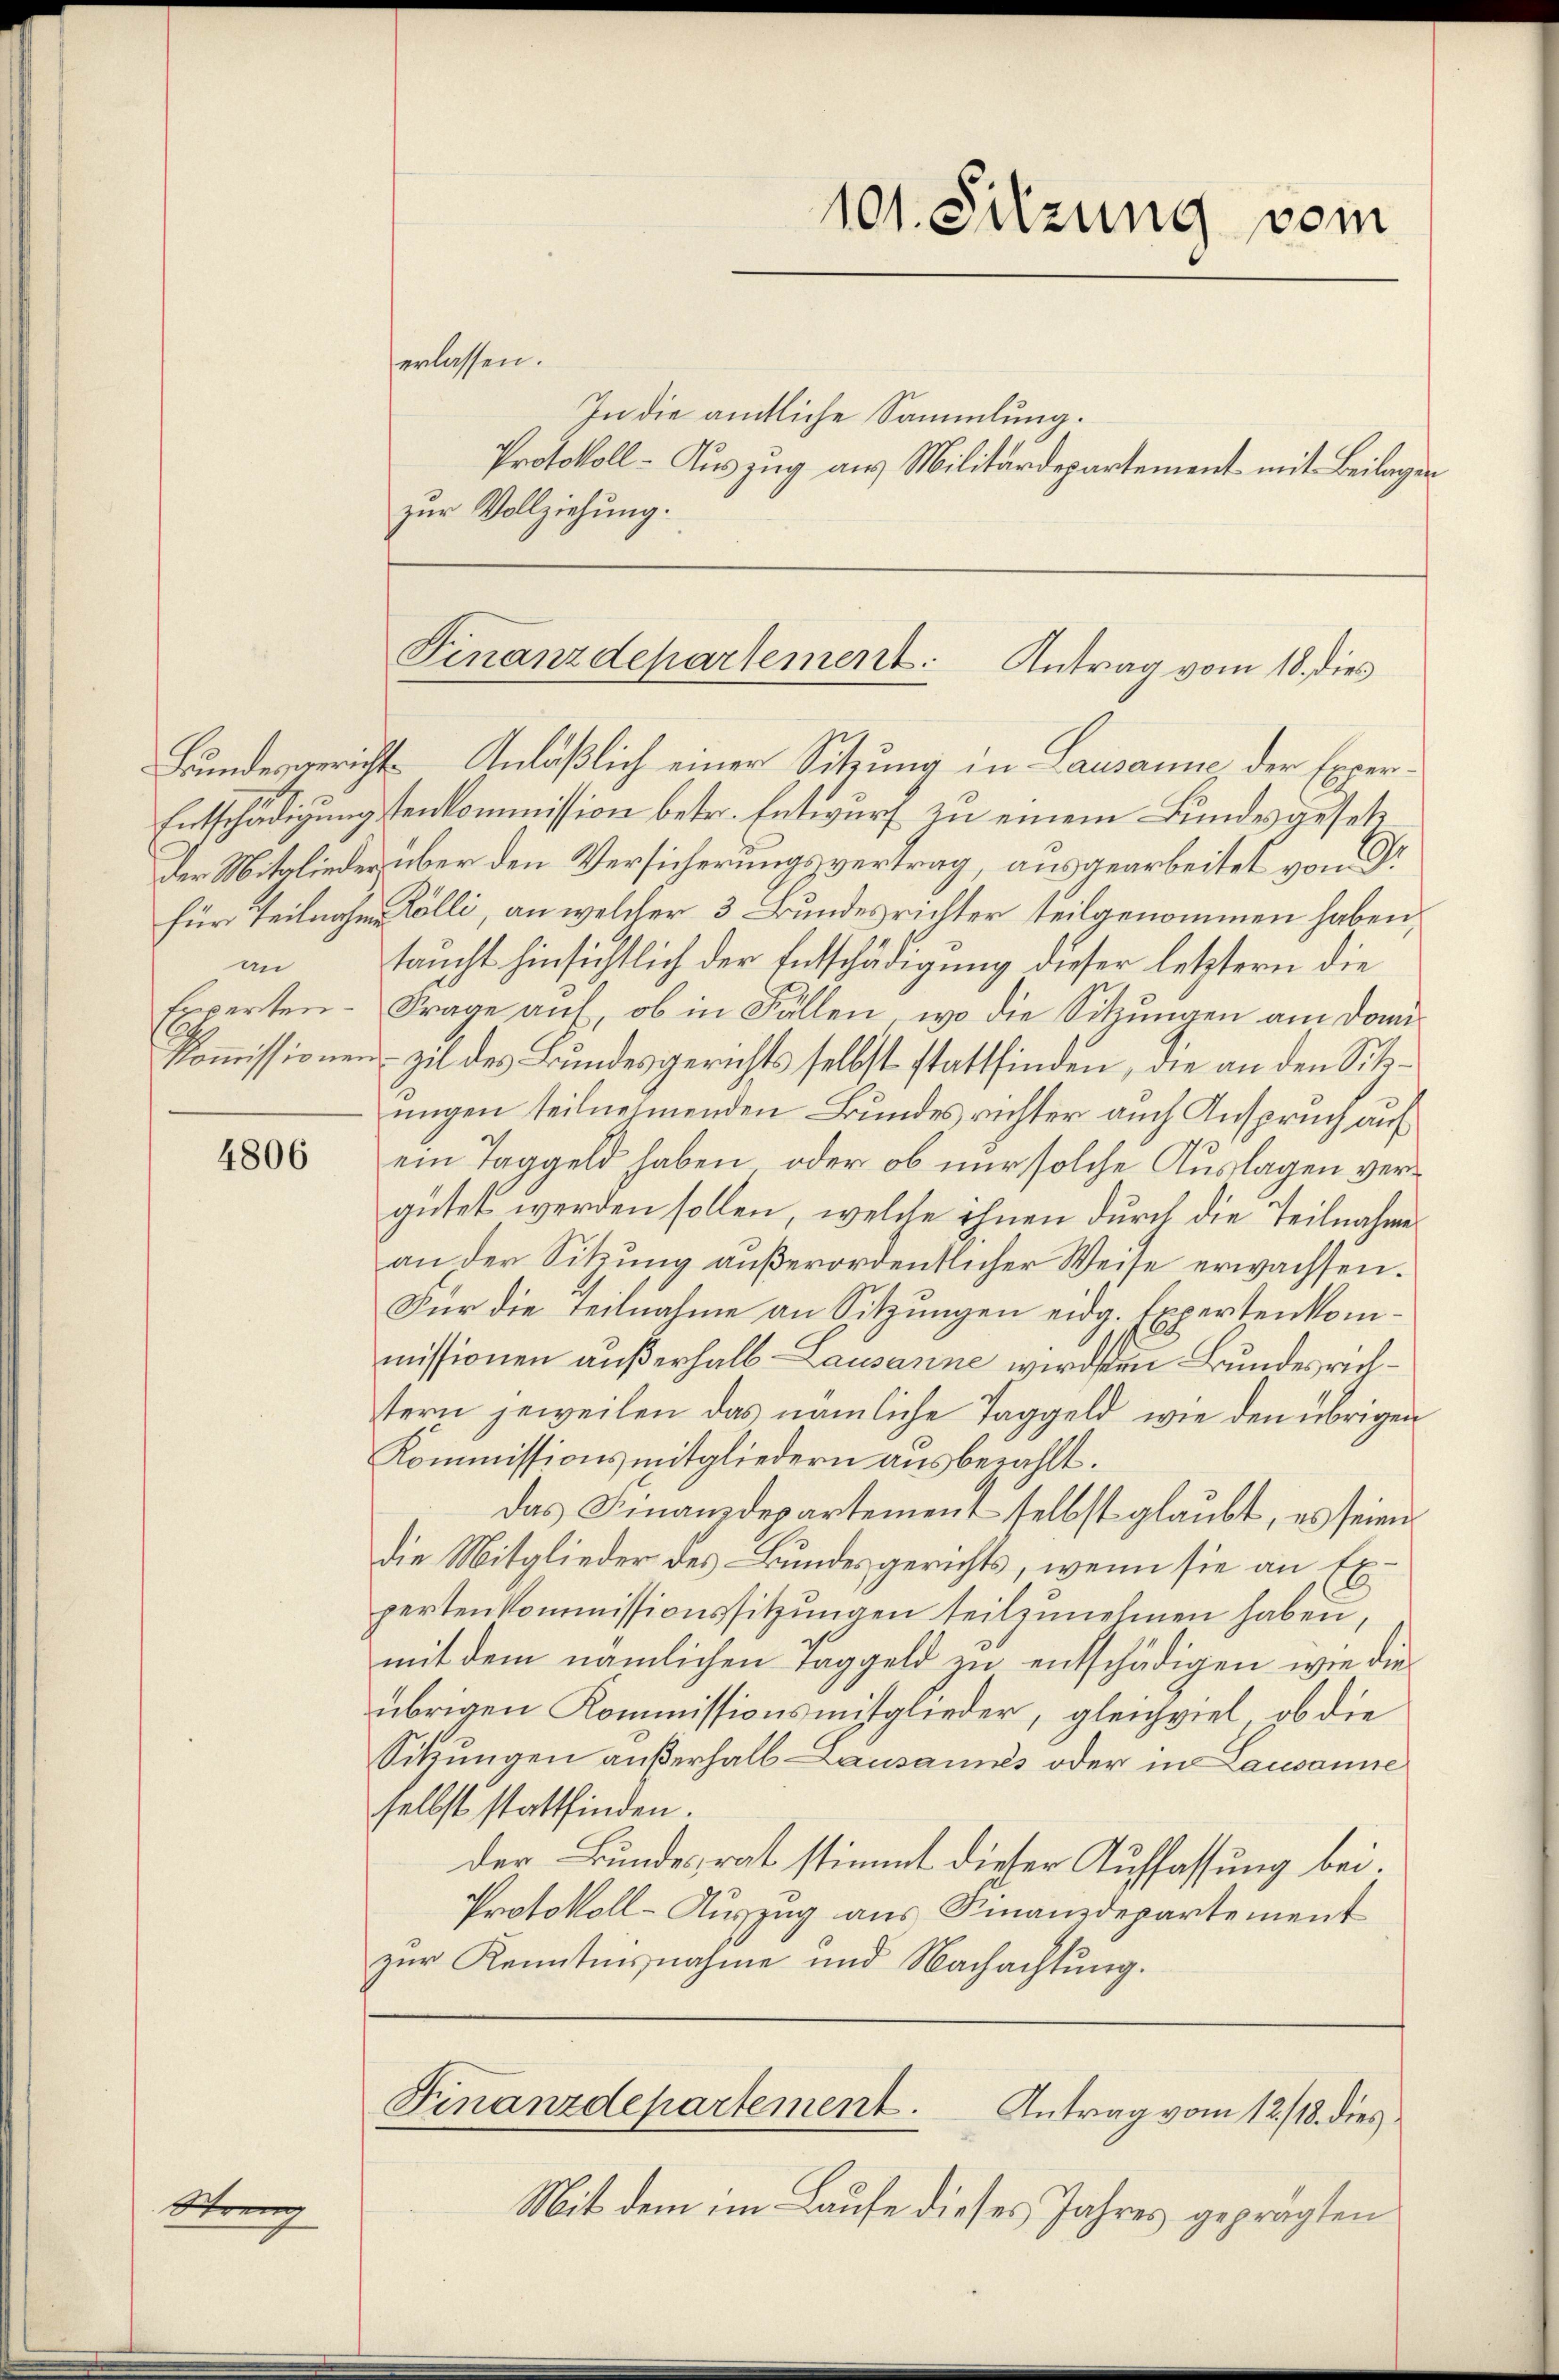
A

Stren

4806

erlassen.
In die amtliche Sammlung.
Protokoll- Auszug aus Militärdepartement mit Beilagen
zur Vollziehung.
Bundesgerichts Anläßlich einer Sitzung in Lausanne der Exper¬
Entschädigungstenkommission betr. Entwurf zu einem Bundesgesetz
der Mitglieder über den Versicherungsvertrag, ausgearbeitet von Dr
für Teilnahme Colli, an welcher 3 Bundesrichter teilgenommen haben,
an taucht hinsichtlich der Entschädigung dieser letztern die
Experten- Frage auf, ob in Fällen, wo die Sitzungen am Domikoṁissionen zil des Bundesgerichts selbst stattfinden, die an den Sitzungen teilnehmenden Bundes richter auch Anspruch auf
ein Taggeld haben, oder ob nur solche Auslagen vergütet werden sollen, welche ihnen durch die Teilnahmean der Sitzung außerordentlicher Weise erwachsen.
Für die Teilnahme an Sitzungen eidg. Expertenkommissionen außerhalb- Lausanne wirdsten Bundesrichtern jeweilen das nämliche Taggeld, wie den übrigen
Kommissionsmitgliedern ausbezahlt.
Das Finanzdepartement selbst glaubt, es seien
die Mitglieder des Bundesgerichts, wenn sie an Expertenkommissionssitzungen teilzunehmen haben,
mit dem nämlichen Taggeld zu entschädigen, wie die
übrigen Kommissionsmitglieder, gleichviel, ob die
Sitzungen außerhalb Lausannes oder in Lausanne
selbst stattfinden.
der Bundesrat stimmt dieser Auffassung bei.
Protokoll-Auszug aus Finanzdepartement
zur Kenntnisnahme und Nachachtung.

Finanzdepartement. Antrag vom 18. dies

101. Sitzung vom

Finanzdepartement.
Antrag vom 12./18. dies

Mit dem im Laufe dieses Jahres geprägten